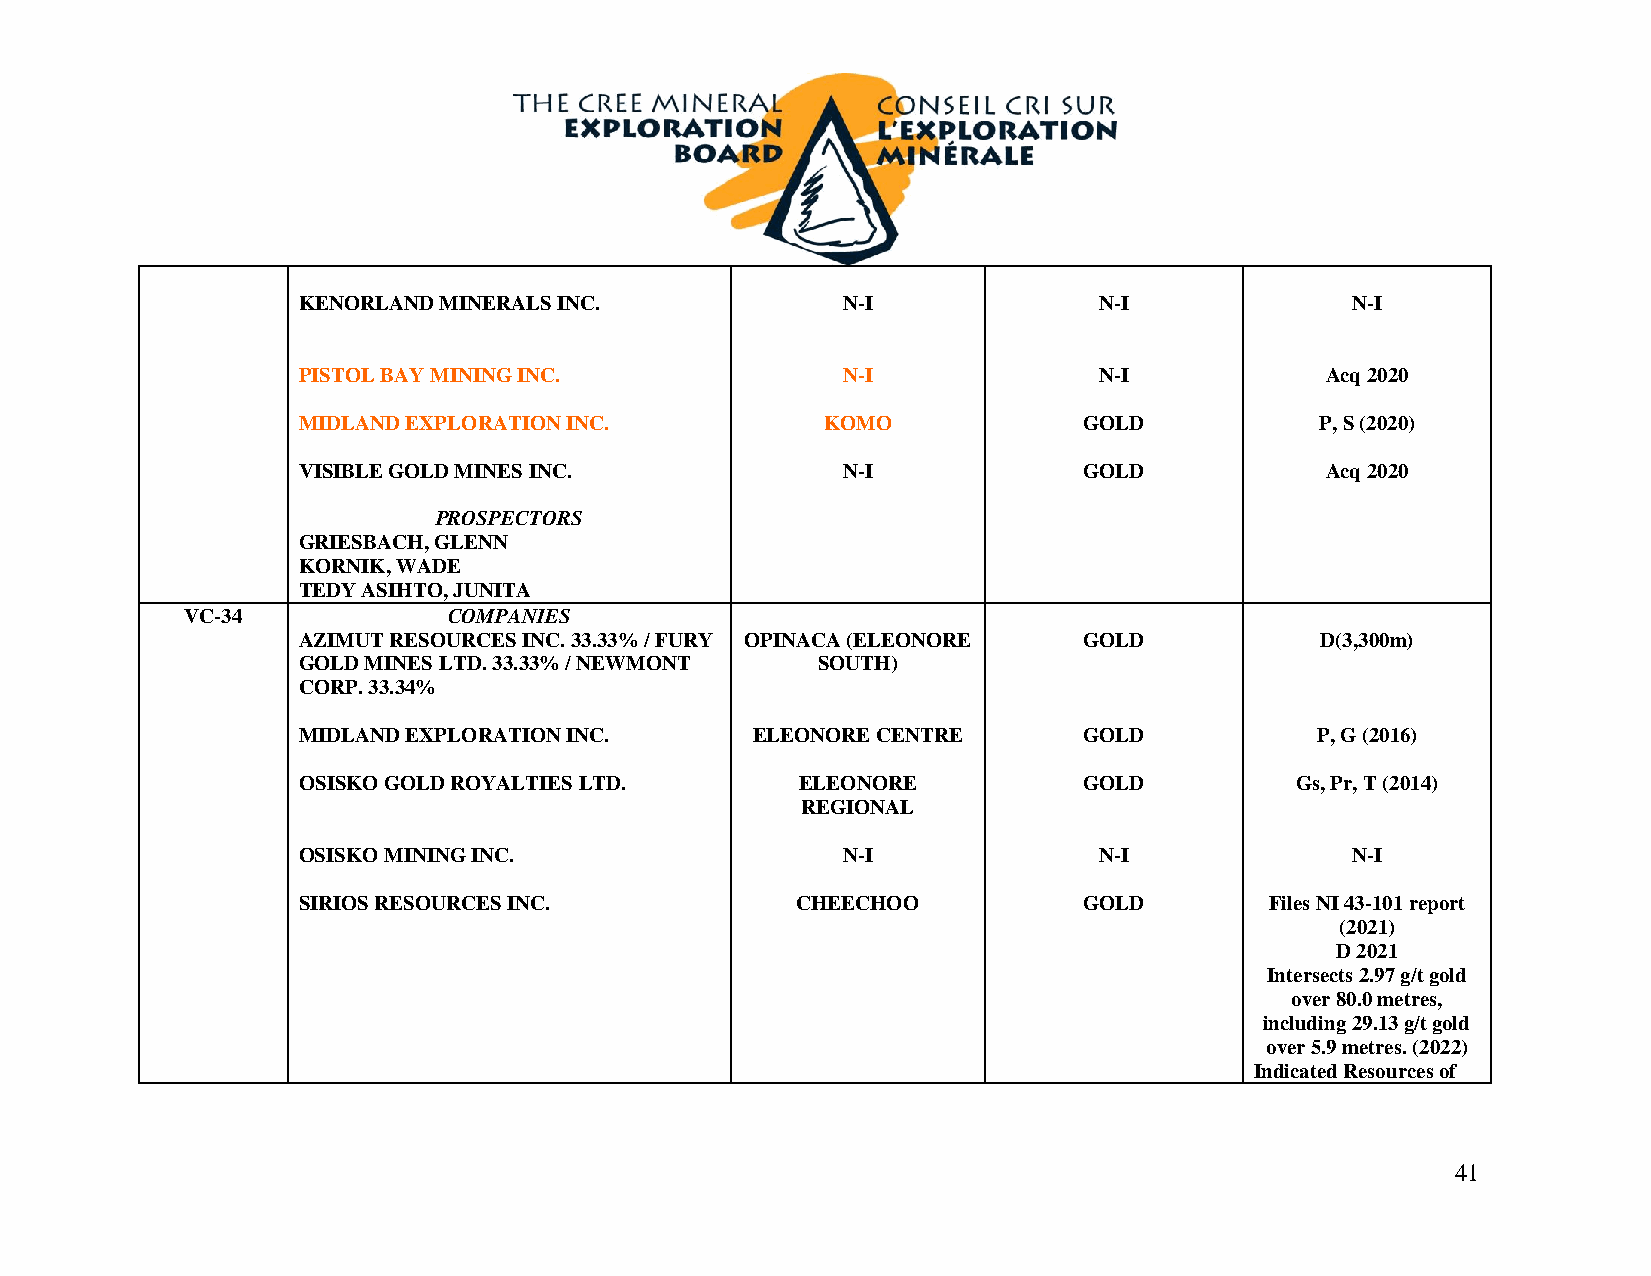
KENORLAND MINERALS INC.             N-I              N-I             N-I
 PISTOL BAY MINING INC.              N-I              N-I            Acq 2020
 MIDLAND EXPLORATION INC.           KOMO             GOLD           P, S (2020)
 VISIBLE GOLD MINES INC.             N-I             GOLD            Acq 2020
 PROSPECTORS
 GRIESBACH, GLENN
 KORNIK, WADE
 TEDY ASIHTO, JUNITA
 VC-34             COMPANIES
 AZIMUT RESOURCES INC. 33.33% / FURY OPINACA (ELEONORE GOLD         D(3,300m)
 GOLD MINES LTD. 33.33% / NEWMONT  SOUTH)
 CORP. 33.34%
 MIDLAND EXPLORATION INC.      ELEONORE CENTRE       GOLD           P, G (2016)
 OSISKO GOLD ROYALTIES LTD.       ELEONORE           GOLD          Gs, Pr, T (2014)
 REGIONAL
 OSISKO MINING INC.                  N-I              N-I             N-I
 SIRIOS RESOURCES INC.            CHEECHOO           GOLD        Files NI 43-101 report
 (2021)
 D 2021
 Intersects 2.97 g/t gold
 over 80.0 metres,
 including 29.13 g/t gold
 over 5.9 metres. (2022)
 Indicated Resources of
 41